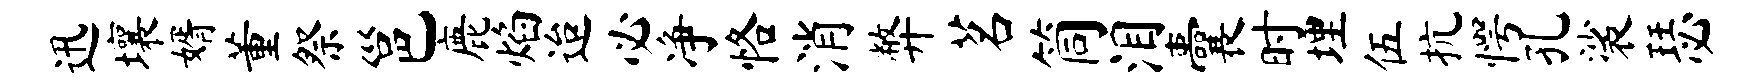
迅壤婿董祭邕鹿焰迨必净恪消弊茗筒泪囊时埋伍抗愕孔裟瑟